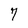
Character: 7